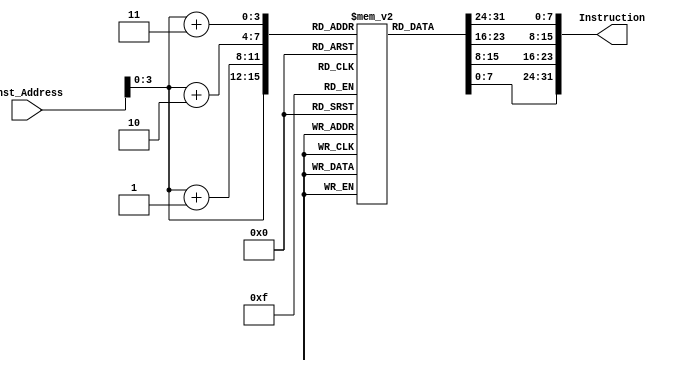
module Instruction_Memory
(
	input [63:0] Inst_Address,
	output reg [31:0] Instruction
);

	reg [7:0] Memory[15:0];
	
	initial
	begin
		Memory[0] =8'h10;
		Memory[1] =8'h32;
		Memory[2] =8'h54;
		Memory[3] =8'h76;
		Memory[4] =8'h98;
		Memory[5] =8'hBA;
		Memory[6] =8'hDC;
		Memory[7] =8'hFE;
		Memory[8] =8'h10;
		Memory[9] =8'h32;
		Memory[10]=8'h54;
		Memory[11]=8'h76;
		Memory[12]=8'h98;
		Memory[13]=8'hBA;
		Memory[14]=8'hDC;
		Memory[15]=8'hFE;
	end
	
	always@ *
	begin
	Instruction = {Memory[Inst_Address+3], Memory[Inst_Address+2], Memory[Inst_Address+1], Memory[Inst_Address]};
	end
endmodule